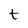
Character: t